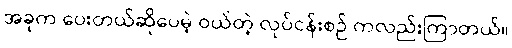
အခုက ပေးတယ်ဆိုပေမဲ့ ဝယ်တဲ့ လုပ်ငန်းစဉ် ကလည်းကြာတယ်။